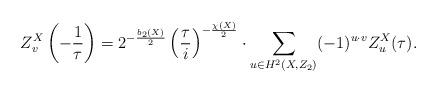
LaTeX: \begin{align*}Z^X_v\left(-\frac{1}{\tau}\right)=2^{-\frac{b_2(X)}{2}}\left(\frac{\tau}{i}\right)^{-\frac{\chi(X)}{2}}\cdot\sum_{u\in H^2(X,Z_2)}(-1)^{u\cdot v}Z^X_u(\tau).\end{align*}